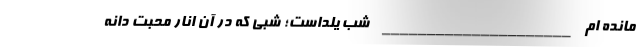
مانده ام _____________________ شب یلداست؛ شبى که در آن انار محبت دانه